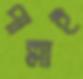
পাল্লাই